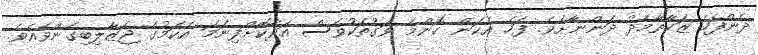
ދެންފަހެ ޒަކާތާމެދު ދަންނާށެވެ. ފަހެ އެކަން ކޮންމެ ވަގުތަކުވެސް އަދާކޮށްފިނަމަ އެކަމުގެ ޖަޒާލިބިގެންވެއެވެ.